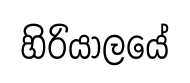
හිරියාලයේ